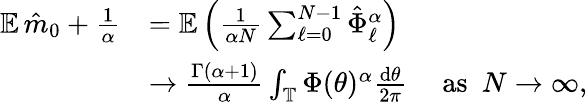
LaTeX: \begin{array}{rl}{{\mathbb E}\, \hat{m}_{0}+\frac{1}{\alpha}}&{={\mathbb E}\left(\frac{1}{\alpha N}\sum_{\ell=0}^{N-1}\hat{\Phi}_{\ell}^{\alpha}\right)}\\ &{\to\frac{\Gamma(\alpha+1)}{\alpha}\int_{\mathbb T}\Phi(\theta)^{\alpha}\frac{\mathrm{d}\theta}{2\pi}\quad\mathrm{~as~}\ N\to\infty,}\end{array}